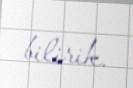
bilirik.